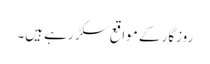
روزگار کے مواقع سکڑ رہے ہیں۔